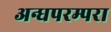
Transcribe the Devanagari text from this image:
अन्धपरम्परा